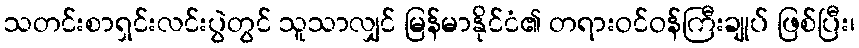
သတင်းစာရှင်းလင်းပွဲတွင် သူသာလျှင် မြန်မာနိုင်ငံ၏ တရားဝင်ဝန်ကြီးချုပ် ဖြစ်ပြီး၊